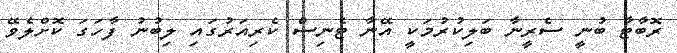
ރޮބާޓާ ބުނީ ސެރީނާ ބަލިކުރުމަކީ އޭނާ ޓެނިސް ކެރިއަރުގައި ލިބުނު ފާހަގަ ކޮށްލެވޭ